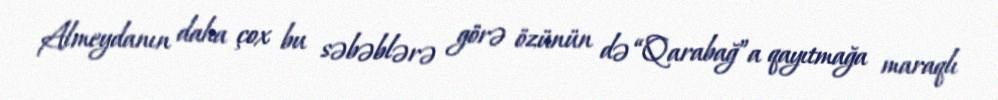
Almeydanın daha çox bu səbəblərə görə özünün də “Qarabağ”a qayıtmağa maraqlı